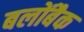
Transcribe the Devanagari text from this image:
बलोंबैक